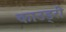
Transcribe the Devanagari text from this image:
काउड्री